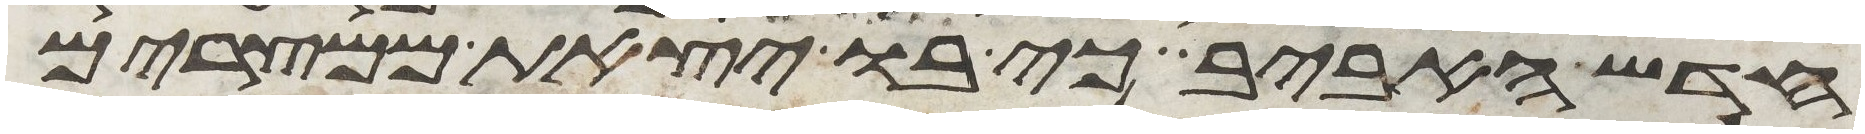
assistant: חדש האביב כי בו יצאת ממצרים